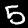
Label: 5